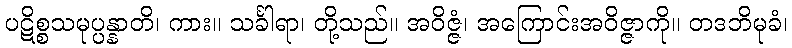
ပဋိစ္စသမုပ္ပန္နာတိ၊ ကား။ သင်္ခါရာ၊ တို့သည်။ အဝိဇ္ဇံ၊ အကြောင်းအဝိဇ္ဇာကို။ တဒဘိမုခံ၊